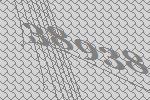
38938